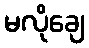
မလိုချေ